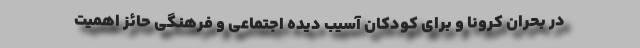
در بحران کرونا و برای کودکان آسیب دیده اجتماعی و فرهنگی حائز اهمیت